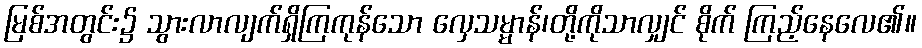
မြစ်အတွင်း၌ သွားလာလျက်ရှိကြကုန်သော လှေသမ္မာန်၊တို့ကိုသာလျှင် စိုက် ကြည့်နေလေ၏။